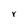
Character: Y